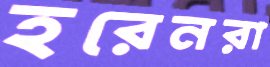
হরেনরা